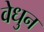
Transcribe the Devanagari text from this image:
वेधुन